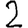
Digit: 2